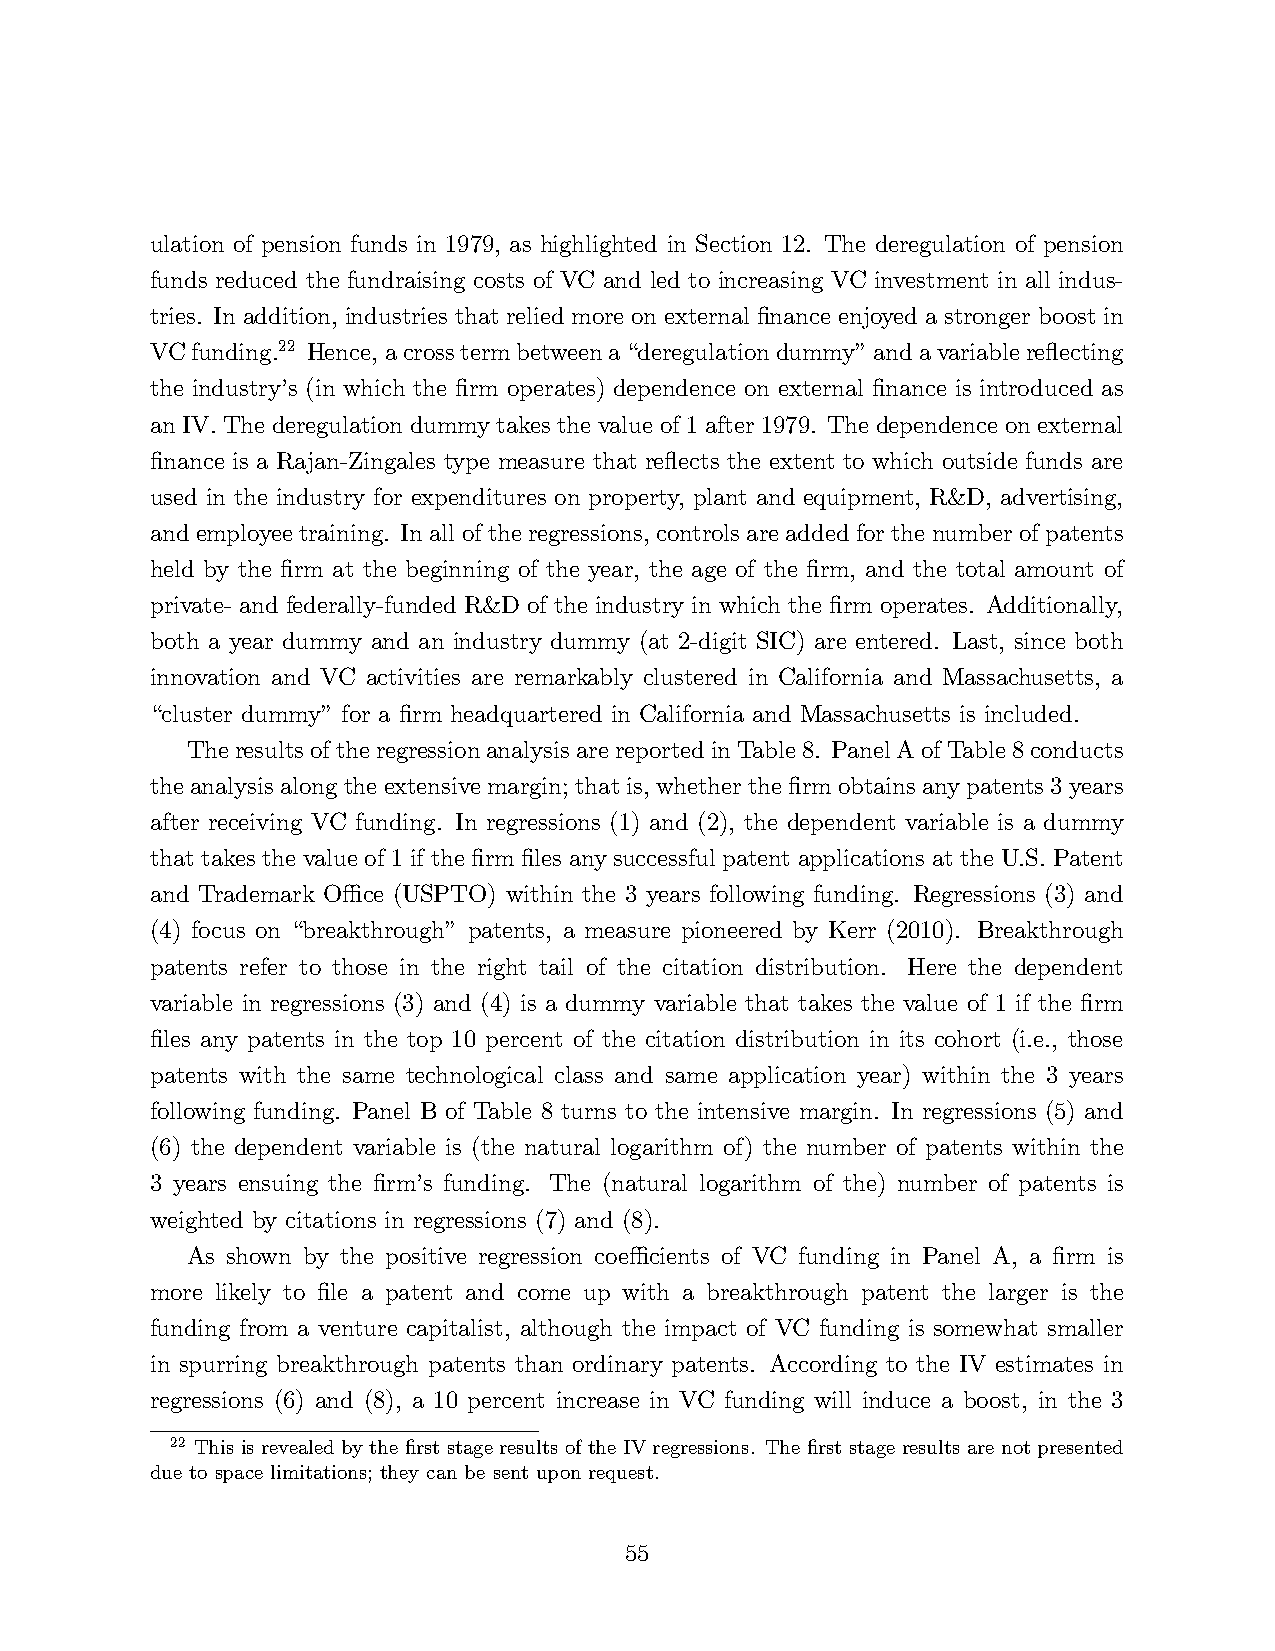
ulation of pension funds in 1979, as highlighted in Section 12. The deregulation of pension
 funds reduced the fundraising costs of VC and led to increasing VC investment in all indus-
 tries. In addition, industries that relied more on external finance enjoyed a stronger boost in
 VC funding.22 Hence, a cross term between a “deregulation dummy”and a variable reflecting
 the industry’s (in which the firm operates) dependence on external finance is introduced as
 an IV. The deregulation dummy takes the value of 1 after 1979. The dependence on external
 finance is a Rajan-Zingales type measure that reflects the extent to which outside funds are
 used in the industry for expenditures on property, plant and equipment, R&D, advertising,
 and employee training. In all of the regressions, controls are added for the number of patents
 held by the firm at the beginning of the year, the age of the firm, and the total amount of
 private- and federally-funded R&D of the industry in which the firm operates. Additionally,
 both a year dummy and an industry dummy (at 2-digit SIC) are entered. Last, since both
 innovation and VC activities are remarkably clustered in California and Massachusetts, a
 “cluster dummy”for a firm headquartered in California and Massachusetts is included.
 The results of the regression analysis are reported in Table 8. Panel A of Table 8 conducts
 the analysis along the extensive margin; that is, whether the firm obtains any patents 3 years
 after receiving VC funding. In regressions (1) and (2), the dependent variable is a dummy
 that takes the value of 1 if the firm files any successful patent applications at the U.S. Patent
 and Trademark Offi ce (USPTO) within the 3 years following funding. Regressions (3) and
 (4) focus on “breakthrough” patents, a measure pioneered by Kerr (2010). Breakthrough
 patents refer to those in the right tail of the citation distribution. Here the dependent
 variable in regressions (3) and (4) is a dummy variable that takes the value of 1 if the firm
 files any patents in the top 10 percent of the citation distribution in its cohort (i.e., those
 patents with the same technological class and same application year) within the 3 years
 following funding. Panel B of Table 8 turns to the intensive margin. In regressions (5) and
 (6) the dependent variable is (the natural logarithm of) the number of patents within the
 3 years ensuing the firm’s funding. The (natural logarithm of the) number of patents is
 weighted by citations in regressions (7) and (8).
 As shown by the positive regression coeffi cients of VC funding in Panel A, a firm is
 more likely to file a patent and come up with a breakthrough patent the larger is the
 funding from a venture capitalist, although the impact of VC funding is somewhat smaller
 in spurring breakthrough patents than ordinary patents. According to the IV estimates in
 regressions (6) and (8), a 10 percent increase in VC funding will induce a boost, in the 3
 22 This is revealed by the first stage results of the IV regressions. The first stage results are not presented
 due to space limitations; they can be sent upon request.
 55